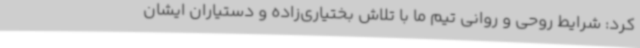
کرد: شرایط روحی و روانی تیم ما با تلاش بختیاری‌زاده و دستیاران ایشان